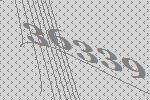
36339